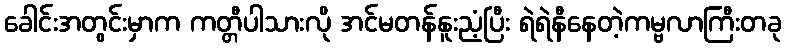
ခေါင်းအတွင်းမှာက ကတ္တီပါသားလို အင်မတန်နူးညံ့ပြီး ရဲရဲနီနေတဲ့ကမ္ဗလာကြီးတခု